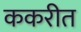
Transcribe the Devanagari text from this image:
ककरीत